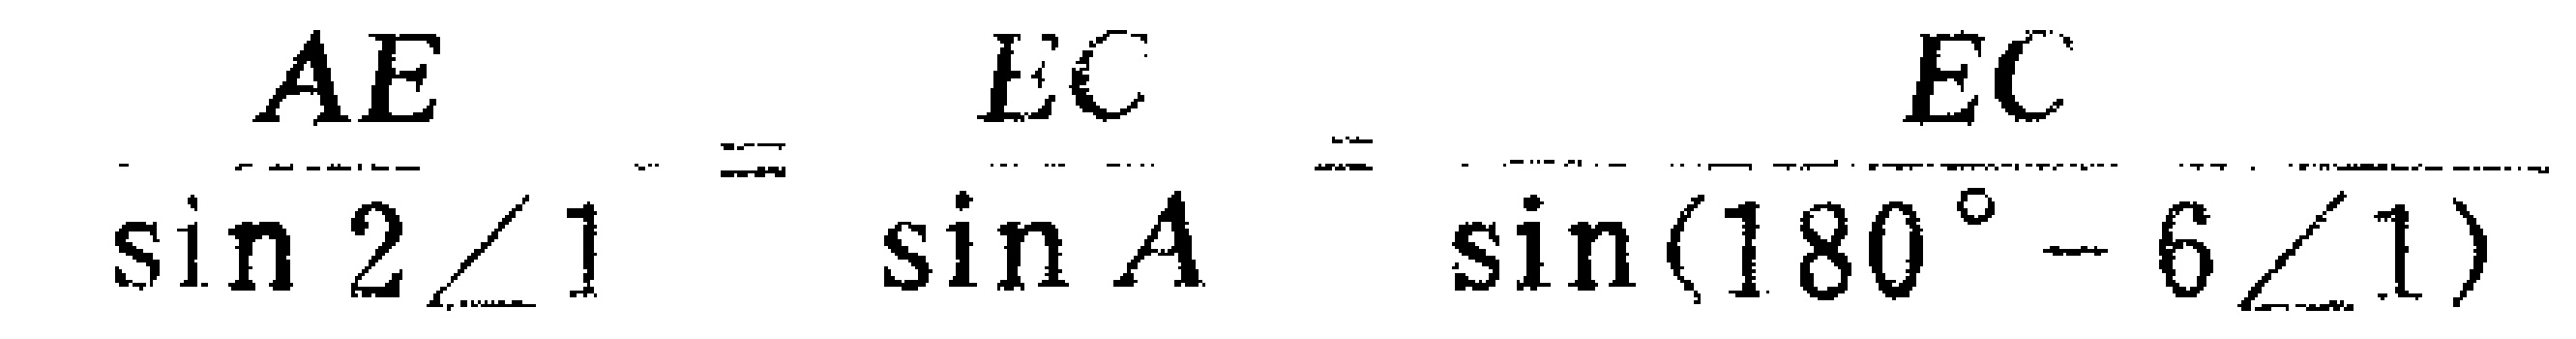
\(\frac{AE}{\sin 2\angle1}=\frac{EC}{\sin A}=\frac{EC}{\sin(180^{\circ}-6\angle1)}\)